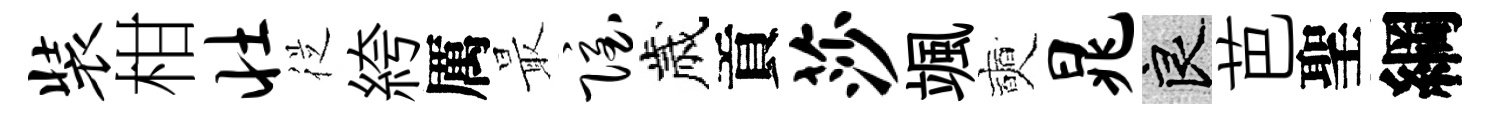
装柑壮従絝厲最隐歲貢莎颯奭晁良芭聖綱